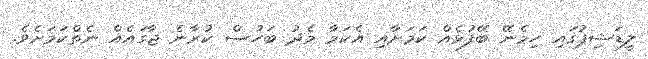
ލީޑަޝިޕުގައި ހިމެނޭ ބޭފުޅެއް ކަމަށާއި އެކަމާ މެދު ބަހުސް ކުރާނެ ޖާގައެއް ނެތްކަމަށެވެ.